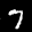
Label: 7